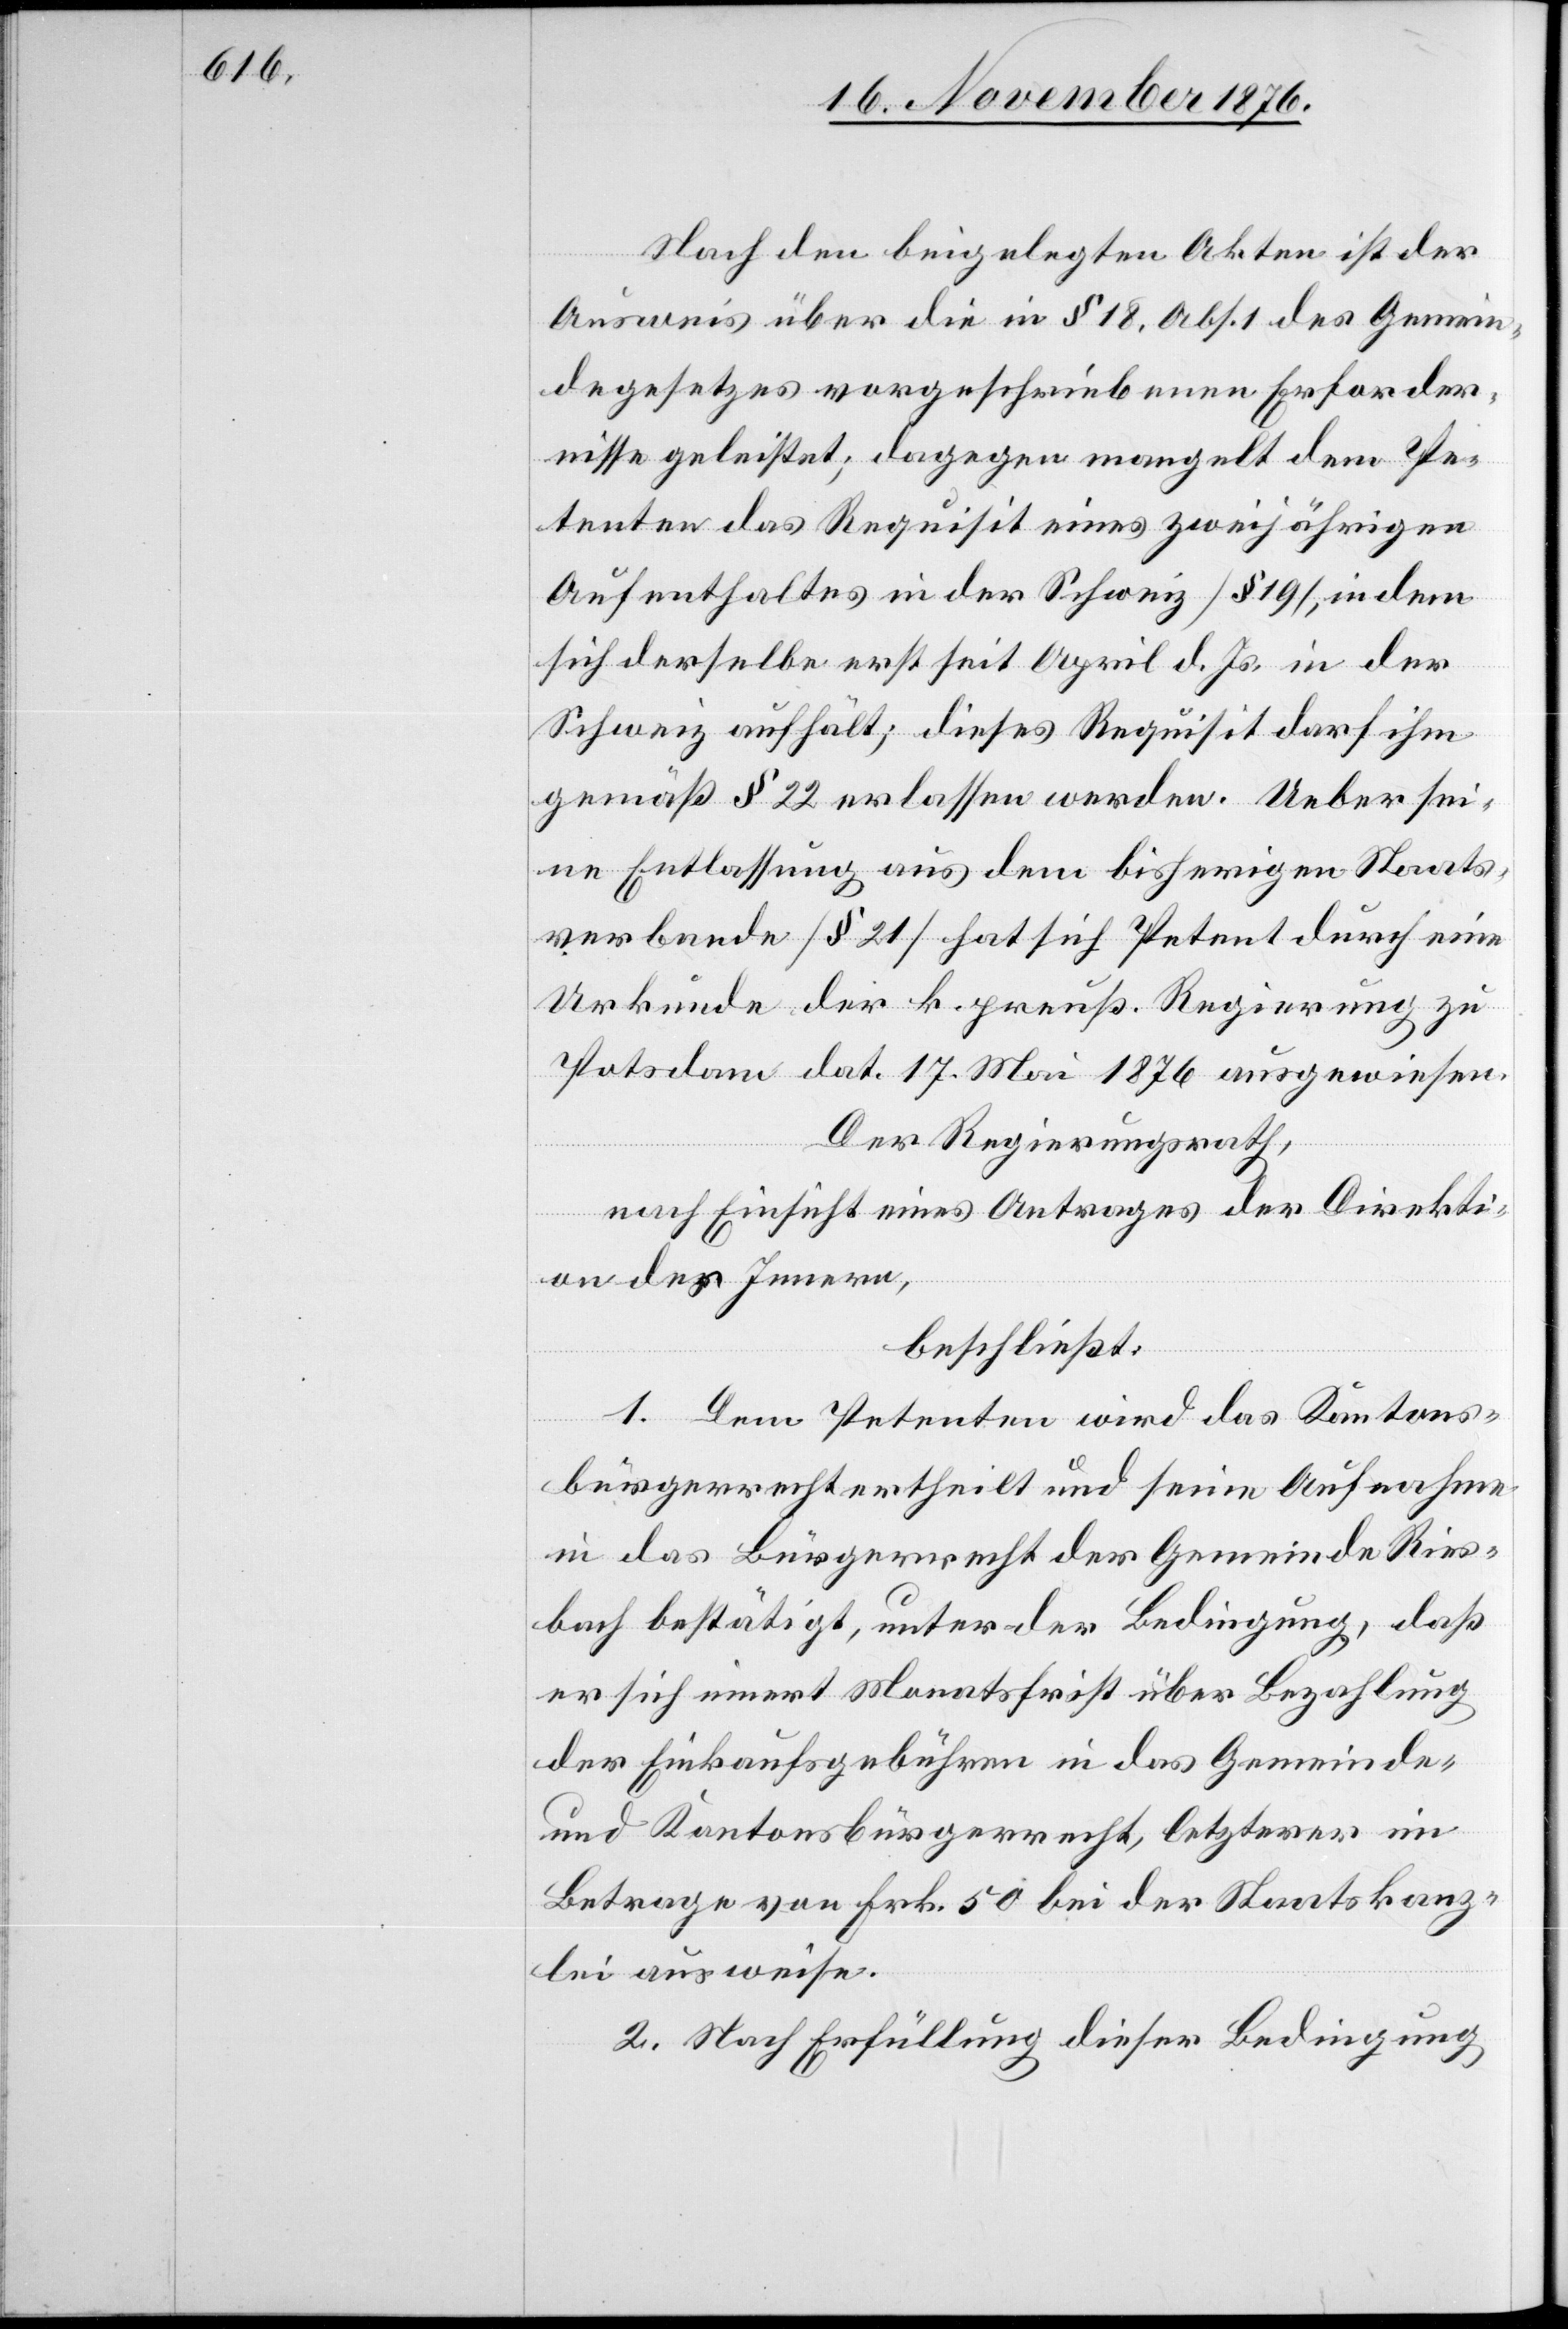
Nach den beigelegten Akten ist der
Ausweis über die in § 18, Abs. 1 des Gemein¬
degesetzes vorgeschriebenen Erforder¬
nisse geleistet; dagegen mangelt dem Pe¬
tenten das Requisit eines zweijährigen
Aufenthaltes in der Schweiz [§ 19], in dem
sich derselbe erst seit April d. Js. in der
Schweiz aufhält; dieses Requisit darf ihm
gemäß § 22 erlassen werden. Ueber sei¬
ne Entlassung aus dem bisherigen Staats¬
verbande [§ 21] hat sich Petent durch eine
Urkunde der k. preuß. Regierung zu
Potsdam dat. 17 Mai 1876 ausgewiesen.
Der Regierungsrath,
nach Einsicht eines Antrages der Direkti¬
on des Innern,
beschließt:
1. Dem Petenten wird das Kantons¬
bürgerrecht ertheilt und seine Aufnahme
in das Bürgerrecht der Gemeinde Ries¬
bach bestätigt, unter der Bedingung, daß
er sich innert Monatsfrist über Bezahlung
der Einkaufsgebühren in das Gemeinde-
und Kantonsbürgerrecht, letzterer im
Betrage von Frk. 50 bei der Staatskanz¬
lei ausweise.
2. Nach Erfüllung dieser Bedingung